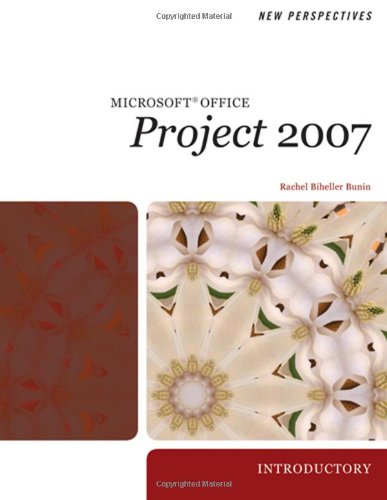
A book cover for New Perspectives on Microsoft Project 2007, Introductory (Available Titles Skills Assessment Manager (SAM) - Office 2007); Rachel Biheller Bunin; Computers & Technology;